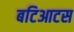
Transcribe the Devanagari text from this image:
बटिआटस